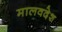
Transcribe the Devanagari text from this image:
मालवदेश